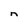
Character: n